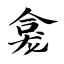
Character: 龛